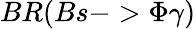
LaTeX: BR(Bs->\Phi\gamma)